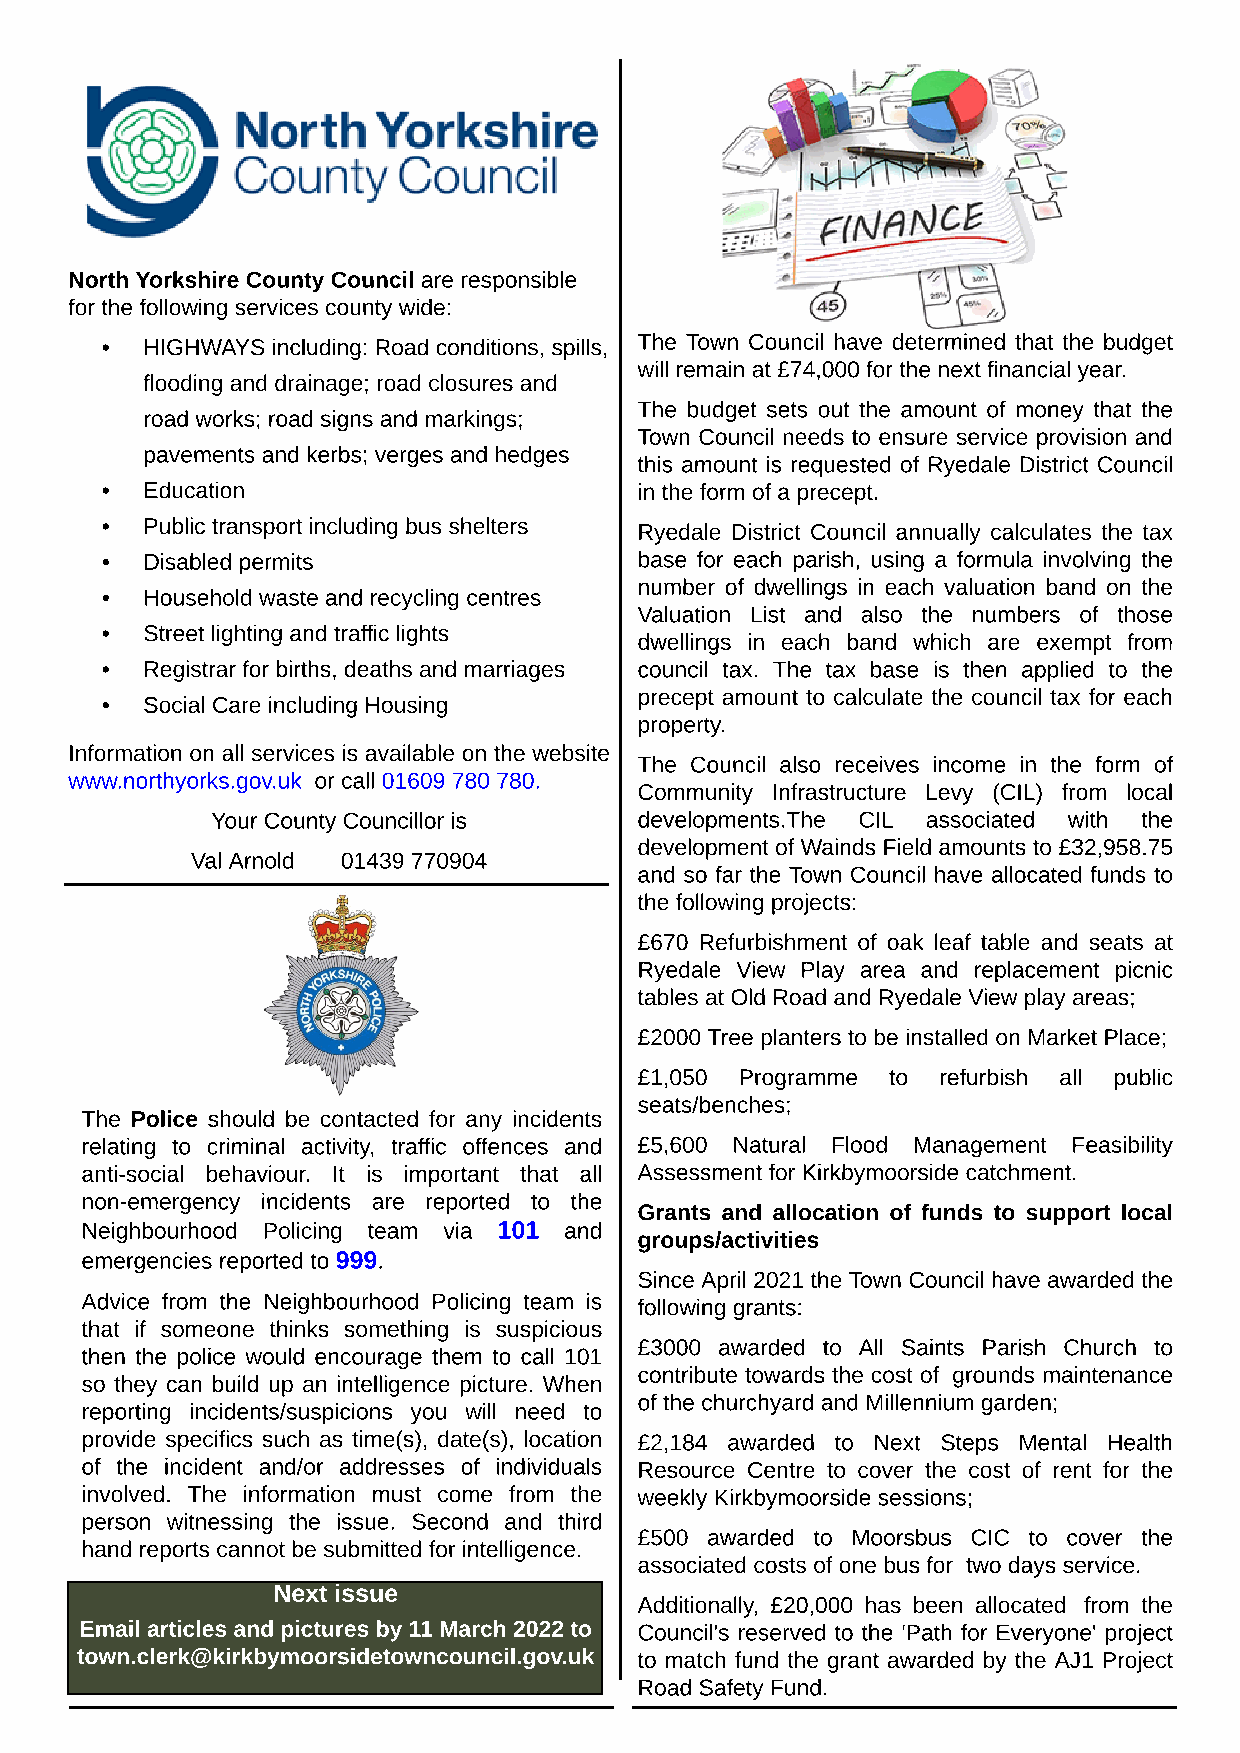
North Yorkshire County Council are responsible
 for the following services county wide:
 - HIGHWAYS including: Road conditions, spills, The Town Council have determined that the budget
 will remain at £74,000 for the next financial year.
 flooding and drainage; road closures and
 The budget sets out the amount of money that the
 road works; road signs and markings;
 Town Council needs to ensure service provision and
 pavements and kerbs; verges and hedges
 this amount is requested of Ryedale District Council
 - Education                        in the form of a precept.
 - Public transport including bus shelters Ryedale District Council annually calculates the tax
 - Disabled permits                 base for each parish, using a formula involving the
 number of dwellings in each valuation band on the
 - Household waste and recycling centres
 Valuation List and also the numbers of those
 - Street lighting and traffic lights
 dwellings in each band which are exempt from
 - Registrar for births, deaths and marriages council tax. The tax base is then applied to the
 precept amount to calculate the council tax for each
 - Social Care including Housing
 property.
 Information on all services is available on the website
 The Council also receives income in the form of
 www.northyorks.gov.uk or call 01609 780 780.
 Community Infrastructure Levy (CIL) from local
 Your County Councillor is   developments.The CIL associated with the
 development of Wainds Field amounts to £32,958.75
 Val Arnold 01439 770904
 and so far the Town Council have allocated funds to
 the following projects:
 £670 Refurbishment of oak leaf table and seats at
 Ryedale View Play area and replacement picnic
 tables at Old Road and Ryedale View play areas;
 £2000 Tree planters to be installed on Market Place;
 £1,050 Programme to refurbish all public
 seats/benches;
 The Police should be contacted for any incidents
 relating to criminal activity, traffic offences and £5,600 Natural Flood Management Feasibility
 anti-social behaviour. It is important that all Assessment for Kirkbymoorside catchment.
 non-emergency incidents are reported to the
 Grants and allocation of funds to support local
 Neighbourhood Policing team via 101 and
 groups/activities
 emergencies reported to 999.
 Since April 2021 the Town Council have awarded the
 Advice from the Neighbourhood Policing team is following grants:
 that if someone thinks something is suspicious
 £3000 awarded to All Saints Parish Church to
 then the police would encourage them to call 101
 contribute towards the cost of grounds maintenance
 so they can build up an intelligence picture. When
 of the churchyard and Millennium garden;
 reporting incidents/suspicions you will need to
 provide specifics such as time(s), date(s), location £2,184 awarded to Next Steps Mental Health
 of the incident and/or addresses of individuals Resource Centre to cover the cost of rent for the
 involved. The information must come from the weekly Kirkbymoorside sessions;
 person witnessing the issue. Second and third
 £500 awarded to Moorsbus CIC to cover the
 hand reports cannot be submitted for intelligence.
 associated costs of one bus for two days service.
 Next issue
 Additionally, £20,000 has been allocated from the
 Email articles and pictures by 11 March 2022 to Council's reserved to the 'Path for Everyone' project
 town.clerk@kirkbymoorsidetowncouncil.gov.uk to match fund the grant awarded by the AJ1 Project
 Road Safety Fund.